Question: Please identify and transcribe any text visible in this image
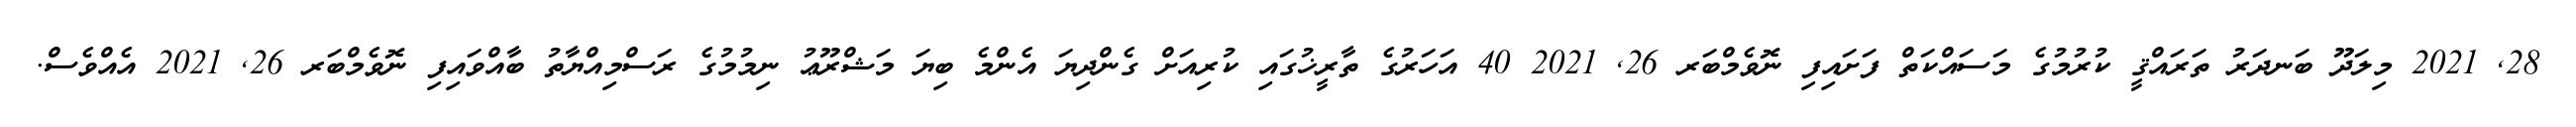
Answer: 28, 2021 މިލަދޫ ބަނދަރު ތަރައްޤީ ކުރުމުގެ މަސައްކަތް ފަށައިފި ނޮވެމްބަރ 26, 2021 40 އަހަރުގެ ތާރީޚުގައި ކުރިއަށް ގެންދިޔަ އެންމެ ބިޔަ މަޝްރޫޢު ނިމުމުގެ ރަސްމިއްޔާތު ބާއްވައިފި ނޮވެމްބަރ 26, 2021 އެއްވެސް.